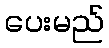
ပေးမည်